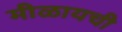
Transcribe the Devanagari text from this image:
मीळायची